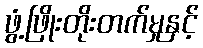
ဖွံ့ဖြိုးတိုးတက်မှုနှင့်